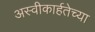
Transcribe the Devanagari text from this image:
अस्वीकार्हतेच्या